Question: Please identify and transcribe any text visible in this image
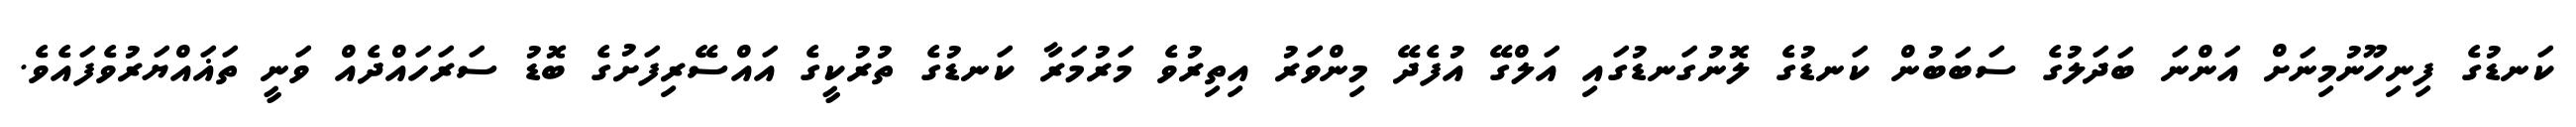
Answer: ކަނޑުގެ ފިނިހޫނުމިނަށް އަންނަ ބަދަލުގެ ސަބަބުން ކަނޑުގެ ލޮނުގަނޑުގައި އަލްގޭ އުފެދޭ މިންވަރު އިތިރުވެ މަރުމަރާ ކަނޑުގެ ތުރުކީގެ އައްސޭރިފަށުގެ ބޮޑު ސަރަހައްދެއް ވަނީ ތަޣައްޔަރުވެފައެވެ.